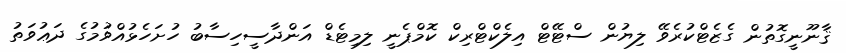
ޤާނޫނީގޮތުން ގެޒެޓްކުރެވޭ ލިޔުން ސްޓޭޓް އިލެކްޓްރިކް ކޮމްޕެނީ ލިމިޓެޑް އަންދާސީހިސާބު ހުށަހެޅުއްވުމުގެ ދަޢުވަތު